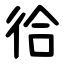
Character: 㣛